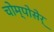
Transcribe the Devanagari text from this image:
चोम्पोसेर्